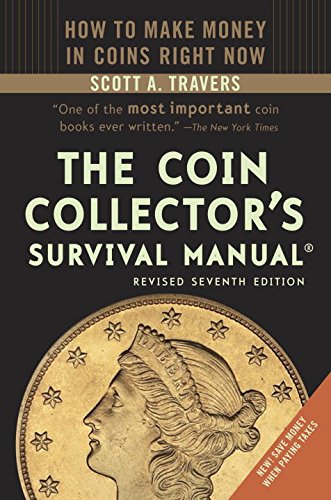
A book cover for The Coin Collector's Survival Manual, Revised Seventh Edition; Scott A. Travers; Crafts, Hobbies & Home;